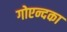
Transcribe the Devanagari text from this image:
गोएन्दका